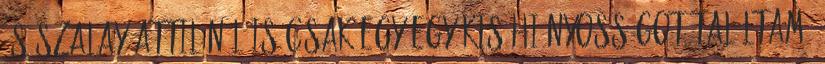
és Szalay Attilánál is csak egy-egy kis hiányosságot találtam,